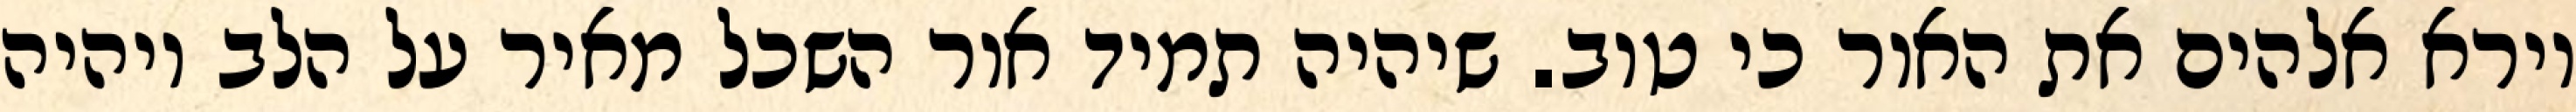
וירא אלהים את האור כי טוב. שיהיה תמיד אור השכל מאיר על הלב ויהיה